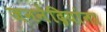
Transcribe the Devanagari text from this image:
जननेंद्रियांना